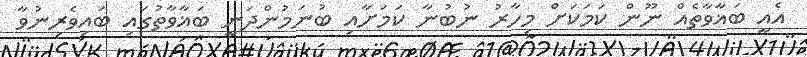
އެއީ ބަޣާވާތެއް ނޫން ކަމަކަށް މިހާރު ނުބުނާ ކަމަށާއި ބުނަމުންދަނީ ބަޣާވާތުގައި ބައިވެރިނުވާ